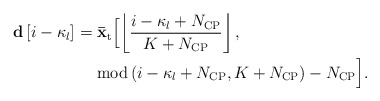
\begin{align*} \begin{aligned} {\bf{d}}\left[ {i - {\kappa _l} } \right]& = {{{\bf{\bar x}}}_{\rm{t}}}\Big[ {\left\lfloor {\frac{{i - {\kappa _l} + {N_{\rm{CP}}}}}{{K + {N_{\rm{CP}}}}}} \right\rfloor ,} \Big.\\ &\ \ \ \ \Big. {{\rm{mod}}\left( {i -{\kappa _l} + {N_{\rm{CP}}},K + {N_{\rm{CP}}}} \right) - {N_{\rm{CP}}}} \Big]. \end{aligned} \end{align*}